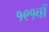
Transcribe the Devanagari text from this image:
१९१वॉ